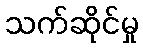
သက်ဆိုင်မှု